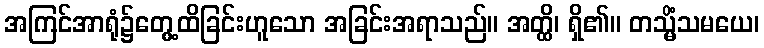
အကြင်အာရုံ၌တွေ့ထိခြင်းဟူသော အခြင်းအရာသည်။ အတ္ထိ၊ ရှိ၏။ တသ္မိံသမယေ၊